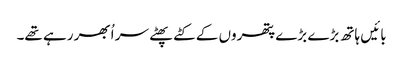
بائیں ہاتھ بڑے بڑے پتھروں کے کٹے پھٹے سر اُبھر رہے تھے۔